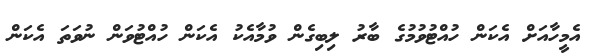
އެމީހާއަށް އެކަން ހުއްޓުވުމުގެ ބާރު ލިބިގެން ވުމާއެކު އެކަން ހުއްޓުވަން ނުވަތަ އެކަން